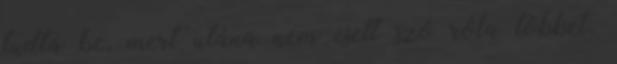
tudta be, mert utána nem esett szó róla többet.